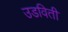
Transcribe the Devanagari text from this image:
उडविती